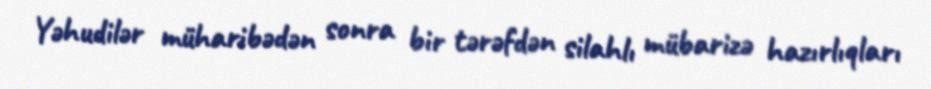
Yəhudilər müharibədən sonra bir tərəfdən silahlı mübarizə hazırlıqları